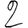
Digit: 2